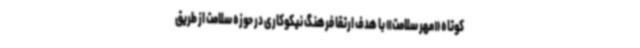
کوتاه «مهر سلامت» با هدف ارتقا فرهنگ نیکوکاری در حوزه سلامت از طریق